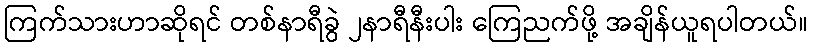
ကြက်သားဟာဆိုရင် တစ်နာရီခွဲ ၂နာရီနီးပါး ကြေညက်ဖို့ အချိန်ယူရပါတယ်။